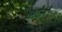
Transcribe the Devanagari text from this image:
भोमे